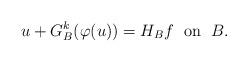
LaTeX: \begin{align*}u+G^k_B(\varphi(u))=H_Bf\; \textrm{ on }\; B.\end{align*}